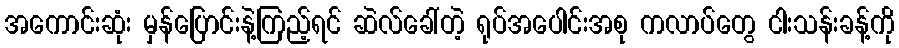
အကောင်းဆုံး မှန်ပြောင်းနဲ့ကြည့်ရင် ဆဲလ်ခေါ်တဲ့ ရုပ်အပေါင်းအစု ကလာပ်တွေ ငါးသန်းခန့်ကို